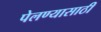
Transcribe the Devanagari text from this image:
पेलण्‍यासाठी